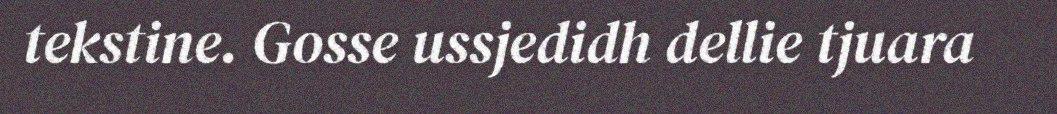
tekstine. Gosse ussjedidh dellie tjuara